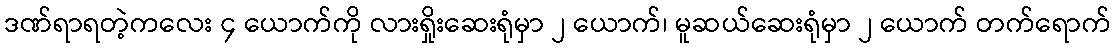
ဒဏ်ရာရတဲ့ကလေး ၄ ယောက်ကို လားရှိုးဆေးရုံမှာ ၂ ယောက်၊ မူဆယ်ဆေးရုံမှာ ၂ ယောက် တက်ရောက်